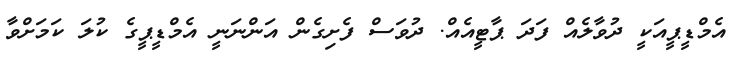
އެމްޑީޕީއަކީ ދުވާލެއް ފަދަ ޕާޓީއެއް. ދުވަސް ފެށިގެން އަންނަނީ އެމްޑީޕީގެ ކުލަ ކަމަށްވާ